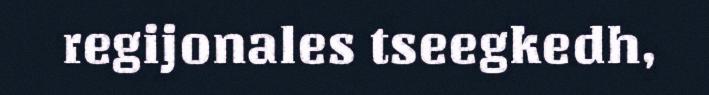
regijonales tseegkedh,